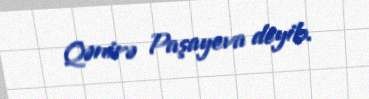
Qənirə Paşayeva deyib.